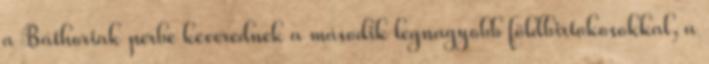
a Báthoriak perbe keverednek a második legnagyobb földbirtokosokkal, a